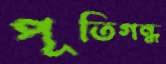
পূতিগন্ধ